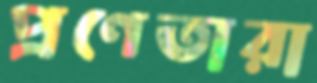
প্রণেতারা